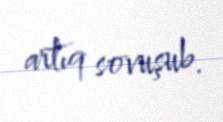
artıq sovuşub.